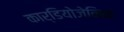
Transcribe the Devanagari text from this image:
कार्डियोजेनिक